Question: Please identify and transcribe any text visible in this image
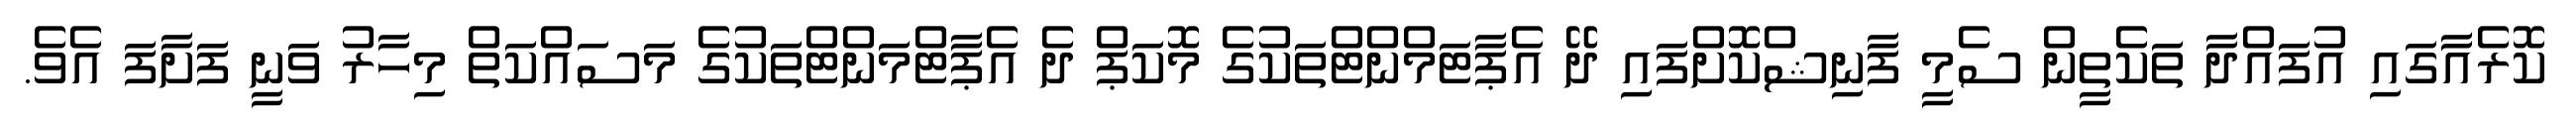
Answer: ކޮރެއާގައި އުފައްދާ ތަކެތީން ސެމީ ފާނިޝްކޮށްފައި ދޭ އެޕާޓަމްންޓްތަކުގެ މޮކަޕް ދެ އެޕާޓްމަންޓްތަކުގެ މަސައްކަތް މިހާރު ވަނީ ފަށާފަ އެވެ.